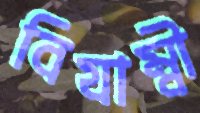
বিযাম্বী